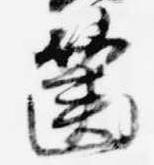
筐